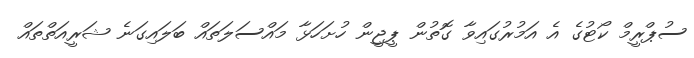
ސުޕްރީމް ކޯޓުގެ އެ އަމުރުގައިވާ ގޮތުން ޕީޖީން ހުށަހަޅާ މައްސަލަތައް ބަލައިގަނެ ޝަރީއަތްތައް